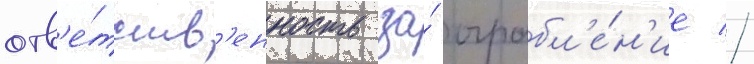
отв'е́тств'енность за́ ограбл'е́н'ие //